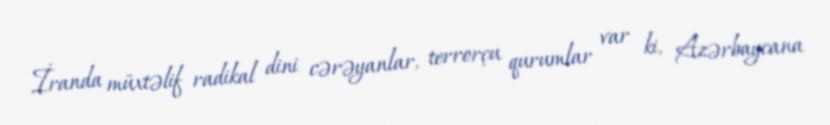
İranda müxtəlif radikal dini cərəyanlar, terrorçu qurumlar var ki, Azərbaycana